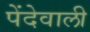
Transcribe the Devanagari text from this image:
पेंदेवाली